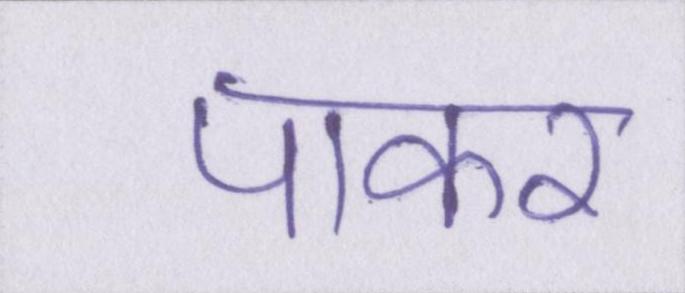
पाकर